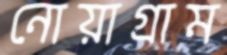
নোয়াগ্রাম